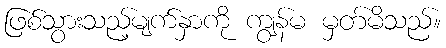
ဖြစ်သွားသည့်မျက်နှာကို ကျွန်မ မှတ်မိသည်။